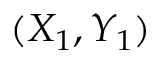
( X _ { 1 } , Y _ { 1 } )